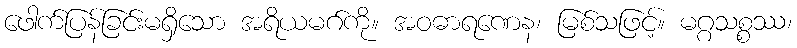
ဖေါက်ပြန်ခြင်းမရှိသော အရိယမဂ်ကို။ အဝဓာရဏေန၊ မြစ်သဖြင့်။ မဂ္ဂသစ္စဿ၊